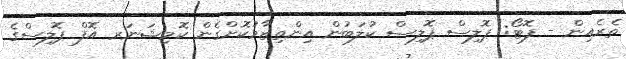
ތެރެއިން - ފޮޓޯ: ޕޮލިސް ޕޮލިސް ކުލަބުން އިންތިޒާމުކޮށްގެން ކޮމިޝަނަރ އޮފް ޕޮލިސްގެ